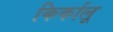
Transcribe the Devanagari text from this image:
किर्कालू